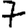
Digit: 7